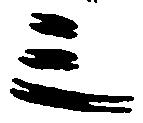
三